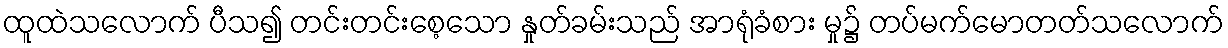
ထူထဲသလောက် ပီသ၍ တင်းတင်းစေ့သော နှုတ်ခမ်းသည် အာရုံခံစား မှု၌ တပ်မက်မောတတ်သလောက်